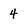
Character: 4